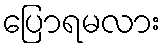
ပြောရမလား